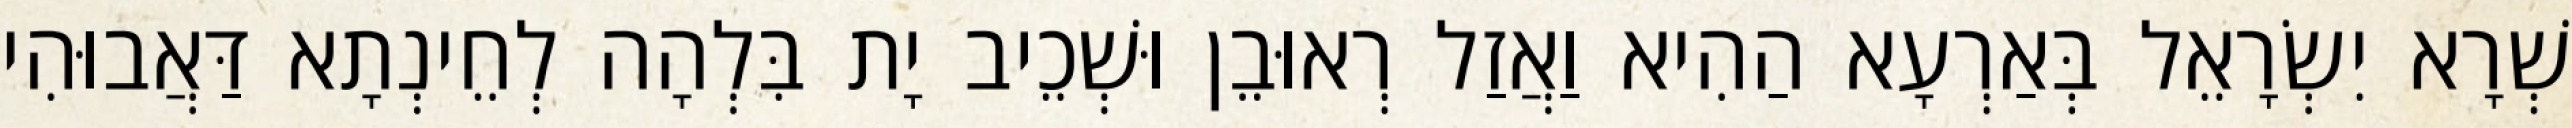
שְׁרָא יִשְׂרָאֵל בְּאַרְעָא הַהִיא וַאֲזַל רְאוּבֵן וּשְׁכֵיב יָת בִּלְהָה לְחֵינְתָא דַּאֲבוּהִי